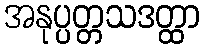
အနုပ္ပတ္တသဒတ္ထာ